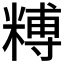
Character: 糐